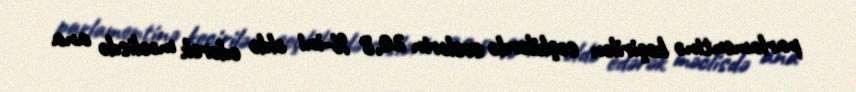
parlamentinə keçirilən seçkilərdə səslərin 20,8 %-ini əldə edərək məclisdə ana